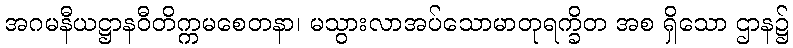
အဂမနီယဋ္ဌာနဝီတိက္ကမစေတနာ၊ မသွားလာအပ်သောမာတုရက္ခိတ အစ ရှိသော ဌာန၌